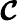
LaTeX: \boldsymbol{\mathcal{C}}